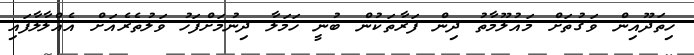
ހިތަދޫއިން ވަގުތަށް މައުލޫމާތު ދިން ފަރާތަކުން ބުނީ ހަމަލާ ދިނުމަށްފަހު ވަލުތެރެއަށް އެއްލާލާފައި